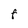
Character: F